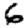
Digit: 6